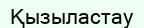
Қызыластау